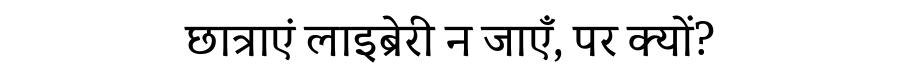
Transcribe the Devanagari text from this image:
छात्राएं लाइब्रेरी न जाएँ, पर क्यों?